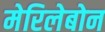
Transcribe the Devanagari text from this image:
मेरिलेबोन